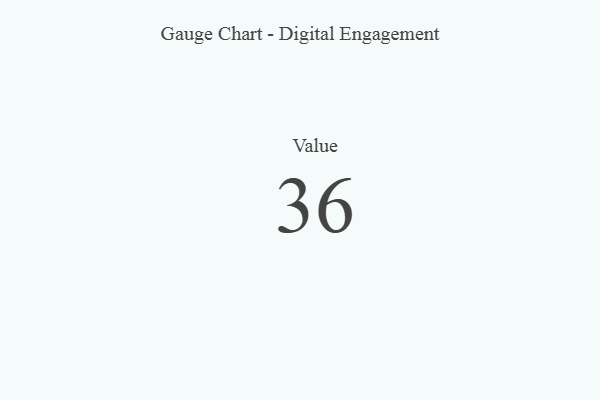
{"axis": {"x": "Metric", "y": "Value"}, "legend": [""], "data": [{"x": "Value", "y": 36, "type": ""}]}